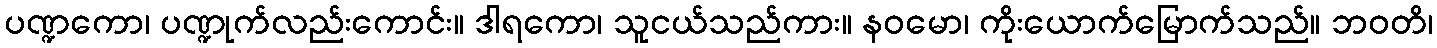
ပဏ္ဍကော၊ ပဏ္ဍုက်လည်းကောင်း။ ဒါရကော၊ သူငယ်သည်ကား။ နဝမော၊ ကိုးယောက်မြောက်သည်။ ဘဝတိ၊